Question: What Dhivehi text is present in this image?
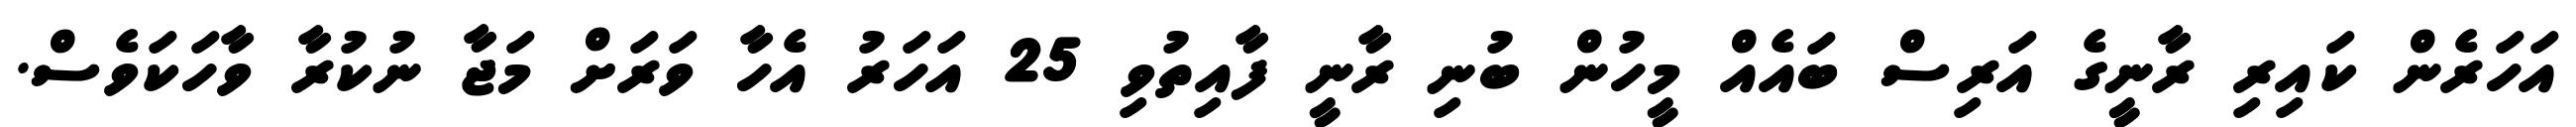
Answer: އަހަރެން ކައިރި ރާނީގެ އަރިސް ބައެއް މީހުން ބުނި ރާނީ ފާއިތުވި 25 އަހަރު އެހާ ވަރަށް މަޖާ ނުކުރާ ވާހަކަވެސް.